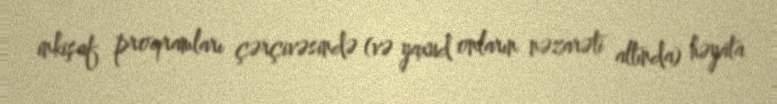
inkişaf proqramları çərçivəsində (və yaxud onların nəzarəti altında) həyata